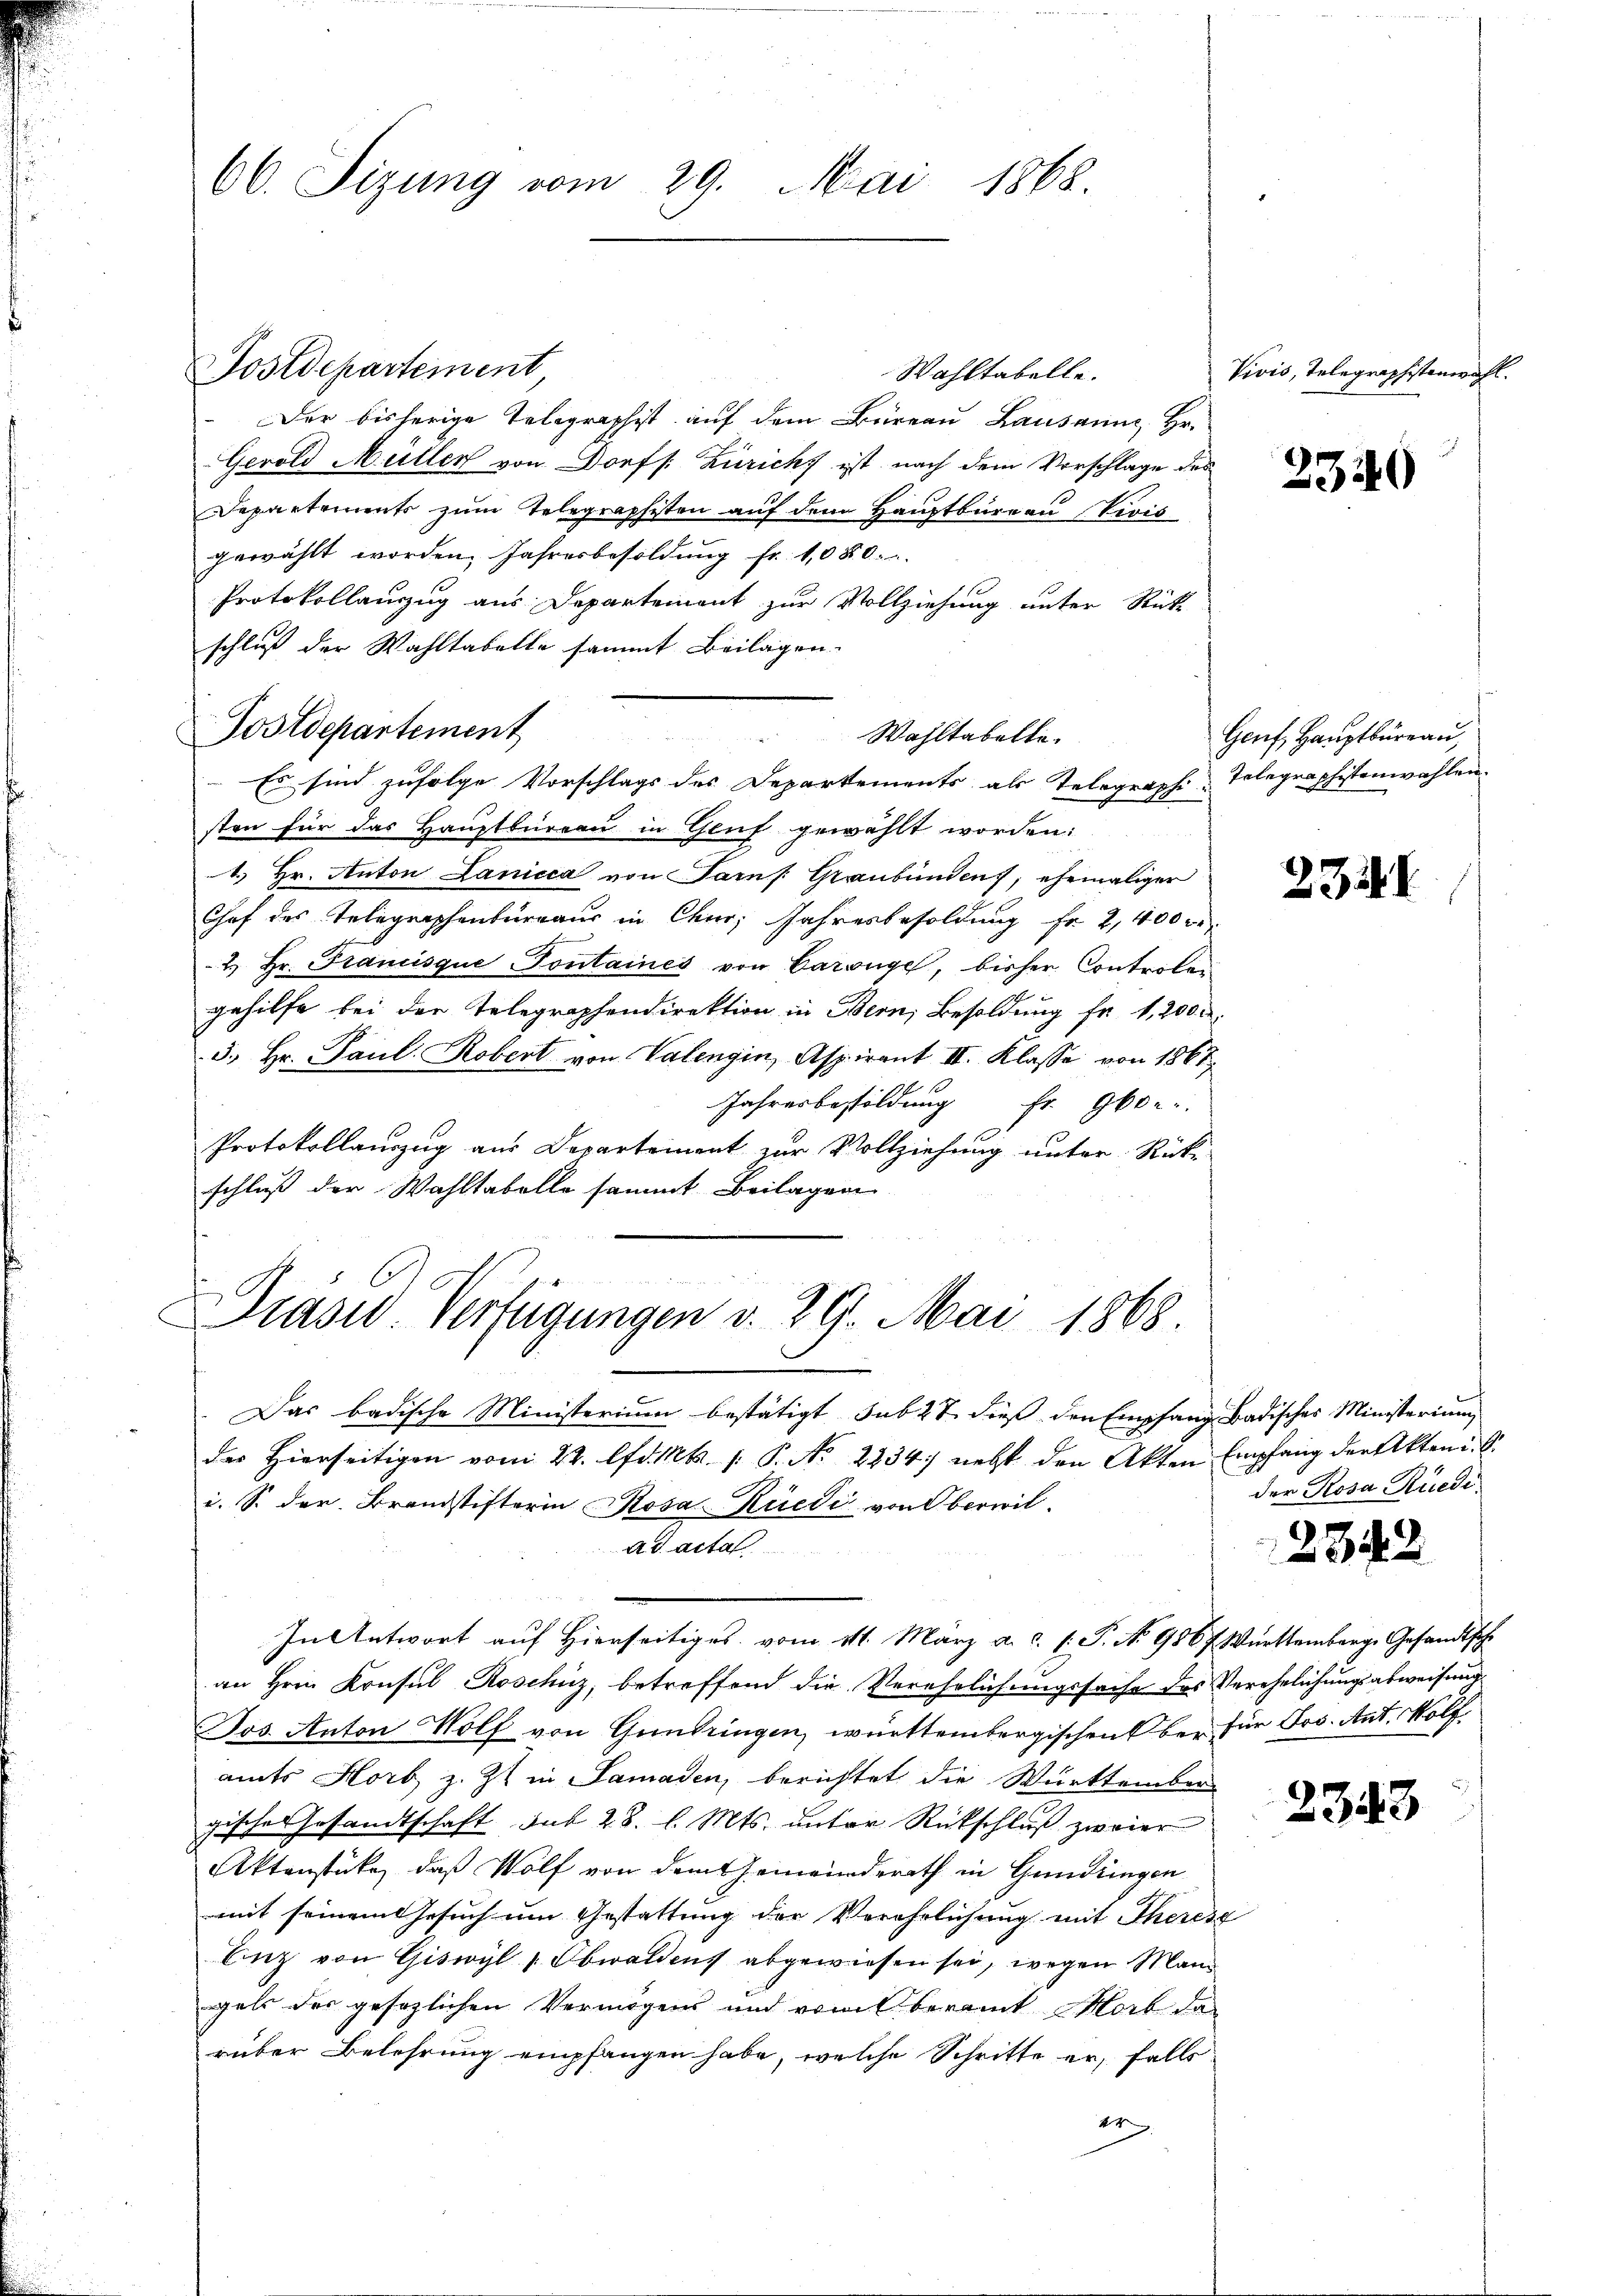
66. Sizung vom 29. Mai 1868.

Wahltabelle.
Der bisherige Telegraphist auf dem Büreau Lausanne, Hr.
Gerold Müller von Dorf /: Züricht ist nach dem Vorschlage des
Departements zum Telegraphisten auf dem Hauptbureau Vrois
gewählt worden. Jahresbesoldung fr. 1080.
Protokollanzug aus Departement zur Vollziehung unter Rück-
schluß der Wahltabelle sammt Beilagen.
Postdepartement
 Es sind zufolge Vorschlags des Departements als Telegraphi-Telegraphistenwahlen.
sten für das Hauptbüreau in Gluf gewählt worden:
4.) Hr. Anton Lanicca von Samn /: Graubünden, ehemaliger
Chef des Telegraphenburgaus in Chur, Jahresbesoldung fr. 2,400 re
2.) Hr. Francisque Pontaines von Carouge, bisher Controlen
gehilfe bei der Telegraphendirektion in Bern, Besoldung fr. 1, 200 M.
5. Hr. Paul. Robert von Valengin, Aspirant II. Klasse von 1867
Jahresbesoldung Fr. 960.
Protokollauszug aus Departement zur Vollziehung unter Rück-
schluß der Wahltabelle sammt Beilagen
 Loren
.
Drasis Verfügungen v. 29. Mai 1868.

Postdepartement

2
Wahltabelle.

Das badische Ministerium bestätigt, sub 27. dieß den Empfang Badisches Ministerium
der Hierseitigen vom 22. lfd. Mts. 1. P. Nr. 2234 nebst den Akten Empfang der Akten u. s.
i. S. der Brandstifterin Rosa Rüedi von Oberwil
ad acta
In Antwort auf hierseitiges vom 11. März a.c. s. S. No 9867. Württemberg. Gesandtschr
an Hrn. Konsul Roschüz, betreffend die Verehrlichungssache des Verehelichungsabweisung
Jos. Anton Wolf von Gundringen, württembergischen ber für Jos. Ant. Wolf
amts Horb, z. Z. in Samaden, berichtet die Württember
isches Gesandtschaft sub 28. l. Mts. unter Rückschluß zweier
r
Aktenstücke, daß Wolf von dem Gemeinderath in Gundringen
mit seinem Gesuch um Gestattung der Verehrlichung mit Theres
biz von Giswyl - Obwaldens abgewiesen sei, wegen Mann
gals der gesezlichen Vermögens und vom beramt Marb das
rüber Belehrung empfangen habe, welche Schritte er, falls
e

Vivis, Telegraphistenwahl.

2340

Genf, Hauptbüreau,

23.

der Rosa Ruede

2342

2343